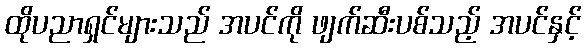
ထိုပညာရှင်များသည် အပင်ကို ဖျက်ဆီးပစ်သည့် အပင်နှင့်